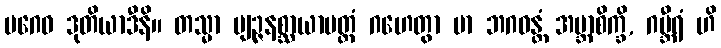
ပဂေဝ ဒုတိယာဒီနိ။ တသ္မာ ဗျဉ္ဇနစ္ဆာယာမတ္တံ ဂဟေတွာ မာ ဘဂဝန္တံ အဗ္ဘာစိက္ခိ, ဂမ္ဘီရံ ဟိ